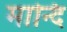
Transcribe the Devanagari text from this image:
मान्दि